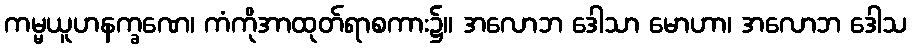
ကမ္မယူဟနက္ခဏေ၊ ကံကိုအာထုတ်ရာစကား၌။ အလောဘ ဒေါသာ မောဟာ၊ အလောဘ ဒေါသ